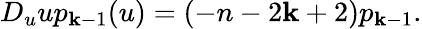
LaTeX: D_{u}up_{\mathbf{k}-1}(u)=(-n-2\mathbf{k}+2)p_{\mathbf{k}-1}.